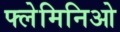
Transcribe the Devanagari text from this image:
फ्लेमिनिओ